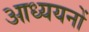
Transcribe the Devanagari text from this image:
आध्ययनों